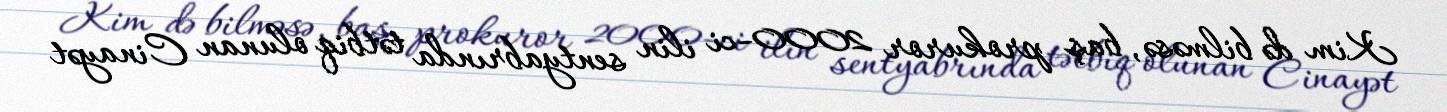
Kim də bilməsə, baş prokuror 2000-ci ilin sentyabrında tətbiq olunan Cinayət